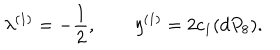
LaTeX: \lambda ^ { ( 1 ) } = - \frac { 1 } { 2 } , \qquad \eta ^ { ( 1 ) } = 2 c _ { 1 } ( d P _ { 8 } ) .